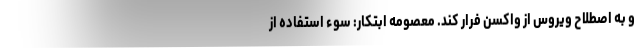
و به اصطلاح ویروس از واکسن فرار کند. معصومه ابتکار: سوء استفاده از